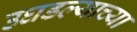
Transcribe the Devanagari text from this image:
उघडल्याच्या